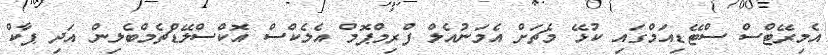
އެމިރޭޓްސް ސްޓޭޑިއަމްގައި ކުޅޭ މެޗަށް އެމަނުއެލް ފްރިމްޕޮމް އެލެކްސް އޮކްސްލޭޑްޗެމްބެލިން އަދި ޕާކް